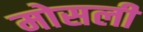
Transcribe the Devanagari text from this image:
मोसली